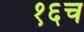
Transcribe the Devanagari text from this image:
१६च